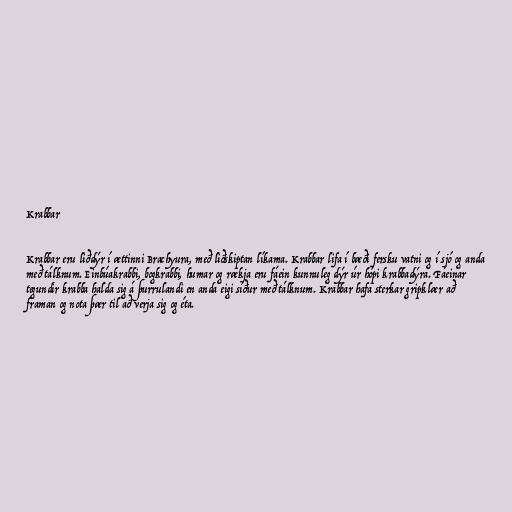
Krabbar

Krabbar eru liðdýr í ættinni Brachyura, með liðskiptan líkama. Krabbar lifa í bæði fersku vatni og í sjó og anda
með tálknum. Einbúakrabbi, bogkrabbi, humar og rækja eru fáein kunnuleg dýr úr hópi krabbadýra. Fáeinar
tegundir krabba halda sig á þurrulandi en anda eigi síður með tálknum. Krabbar hafa sterkar gripklær að
framan og nota þær til að verja sig og éta.